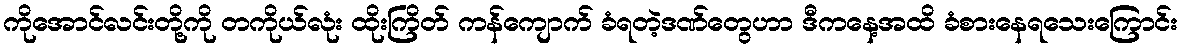
ကိုအောင်လင်းတို့ကို တကိုယ်လုံး ထိုးကြိတ် ကန်ကျောက် ခံရတဲ့ဒဏ်တွေဟာ ဒီကနေ့အထိ ခံစားနေရသေးကြောင်း